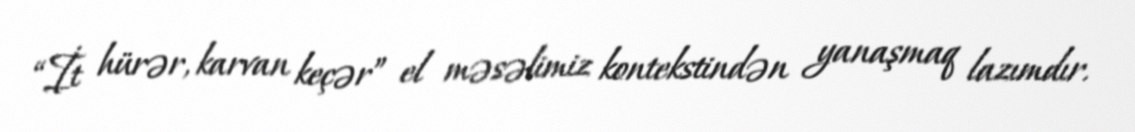
“İt hürər, karvan keçər” el məsəlimiz kontekstindən yanaşmaq lazımdır.